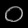
Digit: ၀